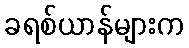
ခရစ်ယာန်များက